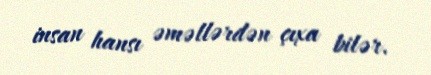
insan hansı əməllərdən çıxa bilər.